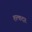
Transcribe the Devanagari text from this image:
शल्कदार